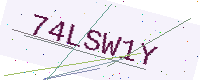
Text: 74LSW1Y